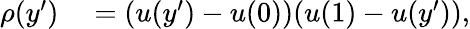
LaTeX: \begin{array}{rl}{\rho(y^{\prime})}&{{}=(u(y^{\prime})-u(0))(u(1)-u(y^{\prime})),}\end{array}